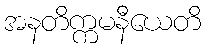
အနတိက္ကမနီယေတိ